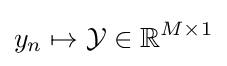
y_{n}\mapsto {\mathcal {Y}}\in \mathbb {R} ^{M\times 1}